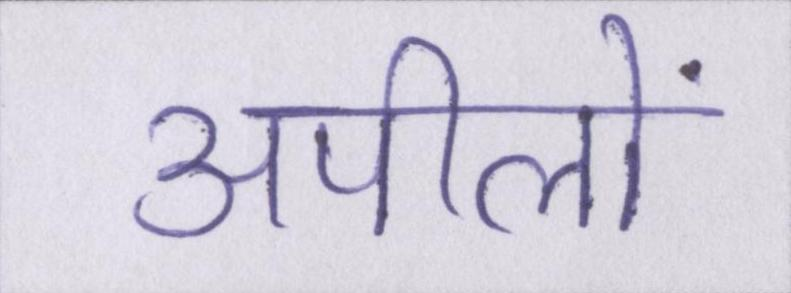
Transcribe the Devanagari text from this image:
अपीलों